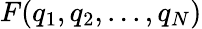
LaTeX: F(q_{1},q_{2},...,q_{N})